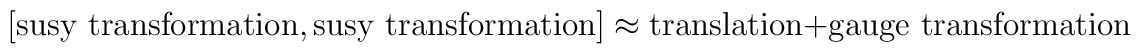
{}[\mathrm{susy\ transformation},\mathrm{susy\ transformation}]\approx\mathrm{translation}+\mathrm{gauge\ transformation}